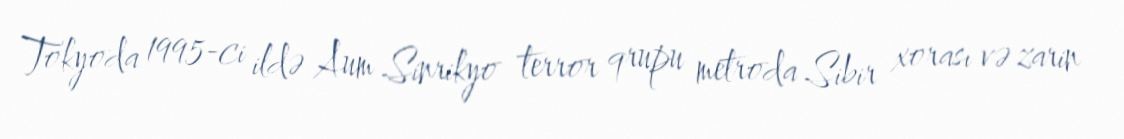
Tokyoda 1995-ci ildə Aum Sinrikyo terror qrupu metroda Sibir xorası və zarin